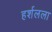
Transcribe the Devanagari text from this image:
हर्शलला